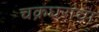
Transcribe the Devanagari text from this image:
चक्रघरांचा